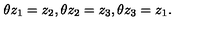
\theta z _ { 1 } = z _ { 2 } , \theta z _ { 2 } = z _ { 3 } , \theta z _ { 3 } = z _ { 1 } .